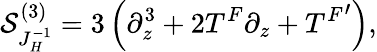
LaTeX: {\cal S}_{J_{H}^{-1}}^{(3)}=3\left(\partial_{z}^{3}+2T^{F}\partial_{z}+{T^{F}}^{\prime}\right),